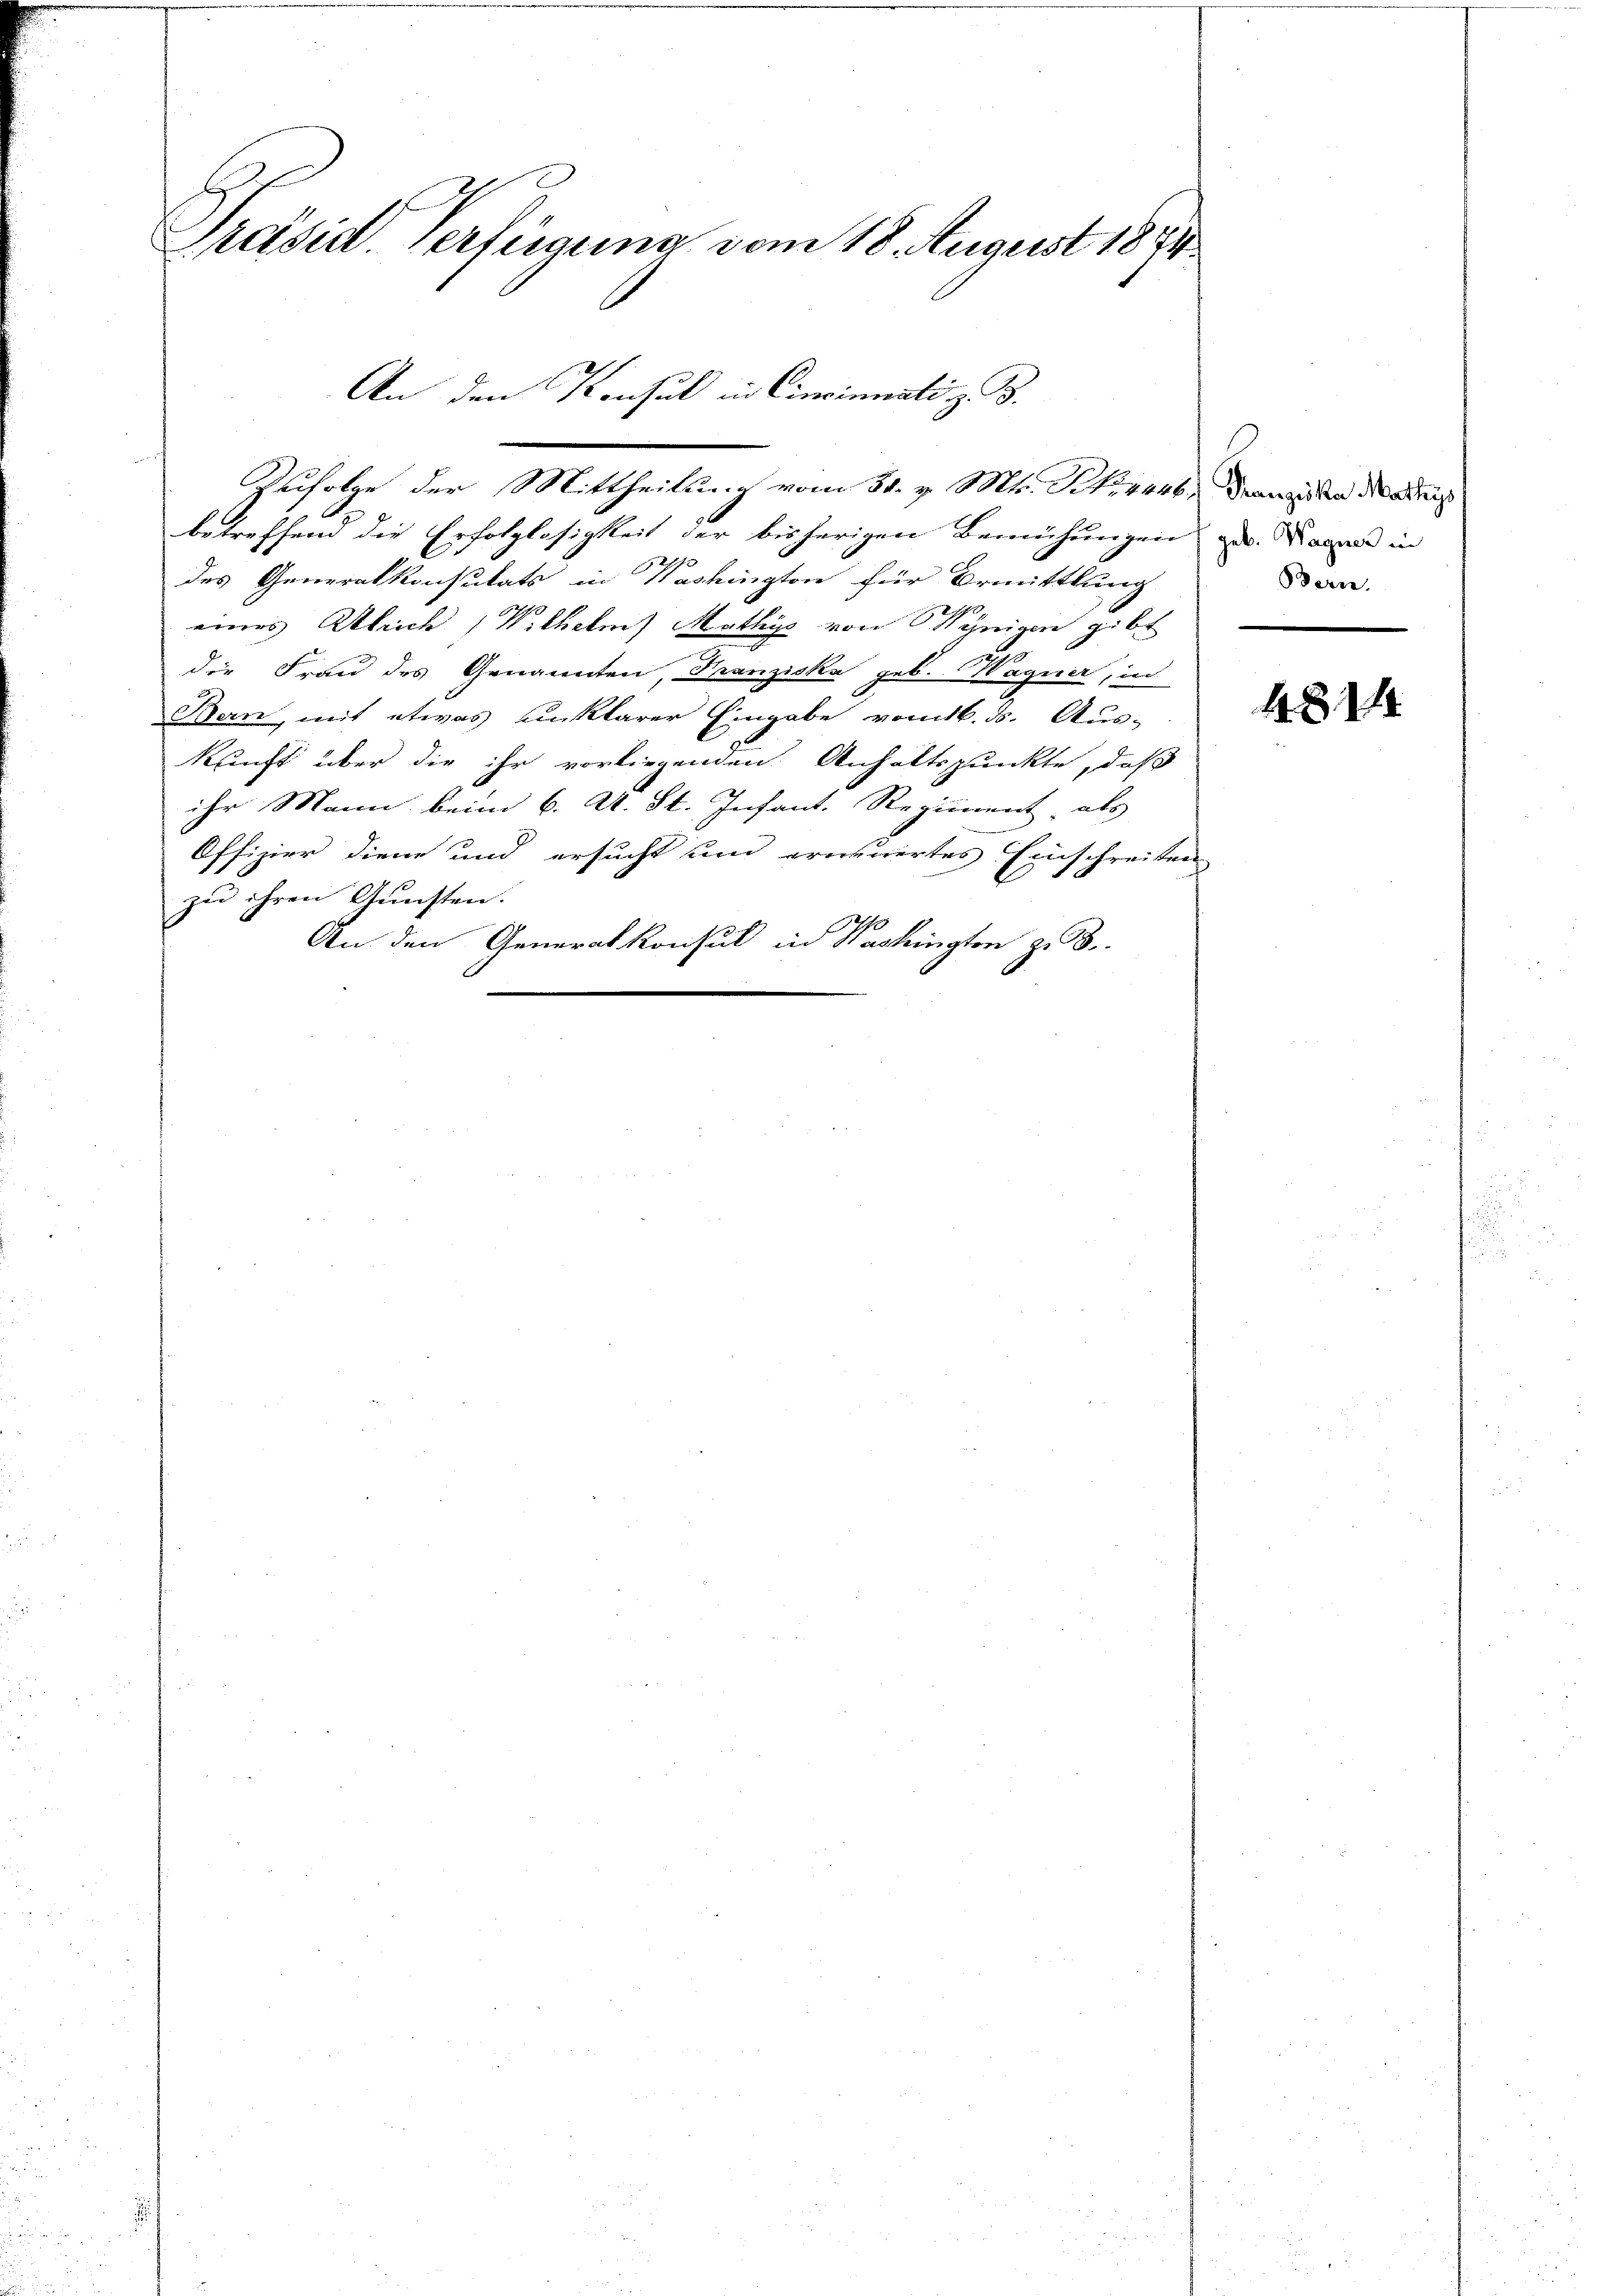
Präsid. Verferanna vom 18. August 1884
An den Konsul in Einsinuati z. B.

Zufolge der Mittheilung vom 31. v. Mts. Schwert, dann den dabei
betreffend die Erfolglosigkeit der bisherigen Bemühungen zu. Kagers in
des Generalkonsulats in Washington für Ermittlung
s
eines Ulrich (Wilhelm Mathys von Rynigen gibt
die Frau des Genannten, Franziska geb. Wagner, in
)
Bern, mit etwas unklarer Eingabe vom 16. ds. Aus-
kunft über die ihr vorliegenden Anhaltspunkte, daß
ihr Mann beim 6. A. St. Infant. Regiment, als
Offizier diene und ersucht und erneuertes Einschreiten
zu ihren Gunsten.
An den Generalkonsul in Washingten z. B.

.

Bern.

4814